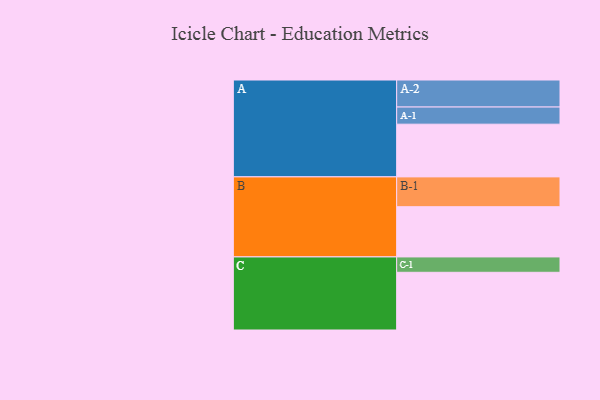
{"axis": {"x": "Segment", "y": "Value"}, "legend": ["", "A", "B", "C"], "data": [{"x": "A", "y": 507, "type": ""}, {"x": "B", "y": 483, "type": ""}, {"x": "C", "y": 555, "type": ""}, {"x": "A-1", "y": 165, "type": "A"}, {"x": "A-2", "y": 260, "type": "A"}, {"x": "B-1", "y": 287, "type": "B"}, {"x": "C-1", "y": 148, "type": "C"}]}